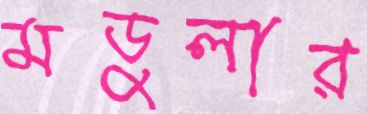
মডুলার